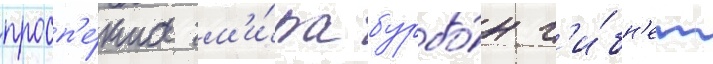
просп'е́кта м'и́ра бурбо́н г'и́бн'ет